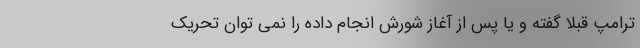
ترامپ قبلاً گفته و یا پس از آغاز شورش انجام داده را نمی توان تحریک